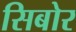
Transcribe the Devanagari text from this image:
सिबोर